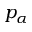
p _ { \alpha }